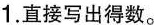
1.直接写出得数。